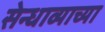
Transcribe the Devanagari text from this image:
सेन्धाव्याच्या